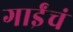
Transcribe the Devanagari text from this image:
गाईंचं